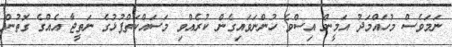
ނަމަވެސް މުހައްމަދު އަމީން އިސްވެ ހުންނަވައިގެން ކުރެއްވި މަސައްކަތްޕުޅުގެ ނަތީޖާ އެއްގެ ގޮތުން